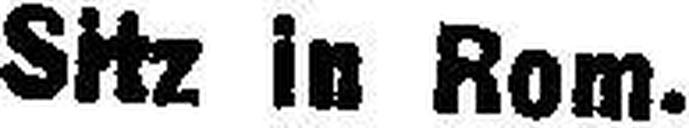
SHz in Rom.